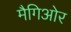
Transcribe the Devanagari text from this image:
मैगिओर